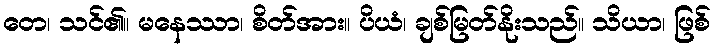
တေ၊ သင်၏။ မနေဿာ၊ စိတ်အား။ ပိယံ၊ ချစ်မြတ်နိုးသည်။ သိယာ၊ ဖြစ်